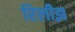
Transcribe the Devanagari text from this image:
रिलीझ